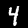
Label: 4